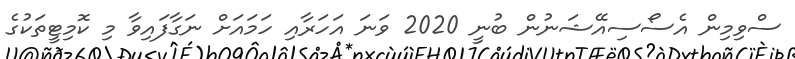
ސްވިމިން އެސޯސިއޭޝަނުން ބުނީ 2020 ވަނަ އަހަރާއި ހަމައަށް ނަގާފައިވާ މި ކޮމިޓީތަކުގެ